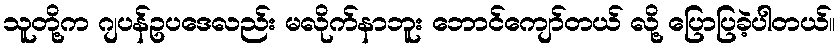
သူတို့က ဂျပန်ဥပဒေလည်း မလိုက်နာဘူး ဘောင်ကျော်တယ် လို့ ပြောပြခဲ့ပါတယ်။